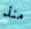
منذ